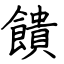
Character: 饋